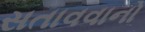
સતાવવાનો